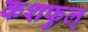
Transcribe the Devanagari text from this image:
कशफुल्